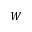
W